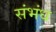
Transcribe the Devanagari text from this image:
संभंध